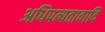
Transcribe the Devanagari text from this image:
अधिपत्यतावादि